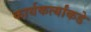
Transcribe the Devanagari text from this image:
कार्यकर्त्यांकडे